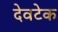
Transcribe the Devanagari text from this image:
देवटेक